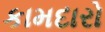
કામદારો